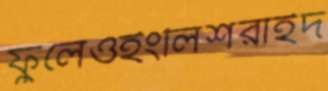
ফুলেওইংলিশরাইদ